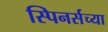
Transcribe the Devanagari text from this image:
स्पिनर्सच्या